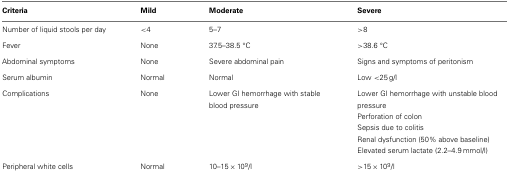
| Criteria | Mild | Moderate | Severe |
 | --- | --- | --- | --- |
 | Number of liquid stools per day | <4 | 5–7 | >8 |
 | Fever | None | 37.5–38.5 °C | >38.6 °C |
 | Abdominal symptoms | None | Severe abdominal pain | Signs and symptoms of peritonism |
 | Serum albumin | Normal | Normal | Low<25 g/l |
 | Complications | None | Lower GI hemorrhage with stable blood pressure | Lower GI hemorrhage with unstable blood pressure |
 |  |  |  | Perforation of colon |
 |  |  |  | Sepsis due to colitis |
 |  |  |  | Renal dysfunction (50% above baseline) |
 |  |  |  | Elevated serum lactate (2.2–4.9 mmol/l) |
 | Peripheral white cells | Normal | 10–15 × 109/l | >15 × 109/l |